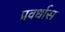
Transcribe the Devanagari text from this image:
प्रवर्धास